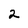
Character: 2